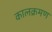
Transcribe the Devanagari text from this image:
कालक्रमण